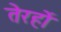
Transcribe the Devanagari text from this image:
तेरहों